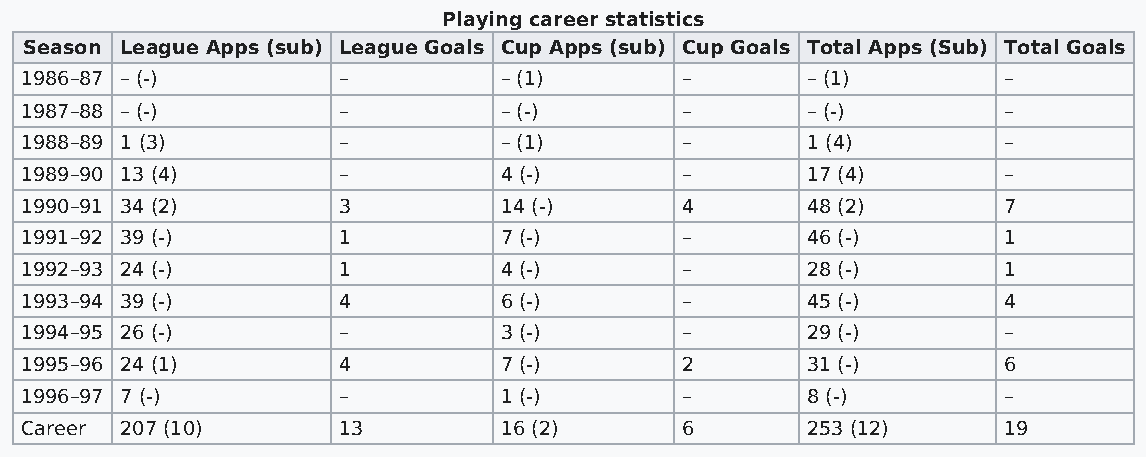
Playing career statistics
 Season League Apps (sub) League Goals Cup Apps (sub) Cup Goals Total Apps (Sub) Total Goals
 1986–87 – (-)        –          – (1)       –       – (1)        –
 1987–88 – (-)        –          – (-)       –       – (-)        –
 1988–89 1 (3)        –          – (1)       –       1 (4)        –
 1989–90 13 (4)       –          4 (-)       –       17 (4)       –
 1990–91 34 (2)       3          14 (-)      4       48 (2)       7
 1991–92 39 (-)       1          7 (-)       –       46 (-)       1
 1992–93 24 (-)       1          4 (-)       –       28 (-)       1
 1993–94 39 (-)       4          6 (-)       –       45 (-)       4
 1994–95 26 (-)       –          3 (-)       –       29 (-)       –
 1995–96 24 (1)       4          7 (-)       2       31 (-)       6
 1996–97 7 (-)        –          1 (-)       –       8 (-)        –
 Career 207 (10)      13         16 (2)      6       253 (12)     19